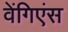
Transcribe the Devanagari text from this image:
वेंगिएंस